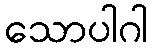
သောပါဂါ